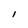
Character: l